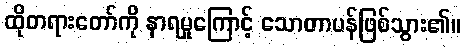
ထိုတရားတော်ကို နာရမှုကြောင့် သောတာပန်ဖြစ်သွား၏။